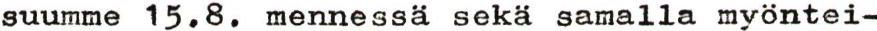
suumme 5.8. mennessä sekä samalla myöntei-